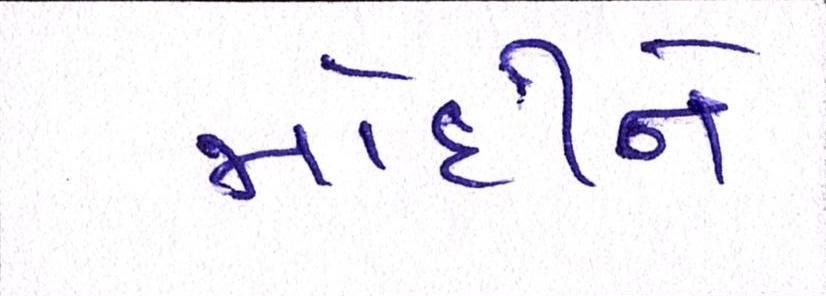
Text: મોદીને